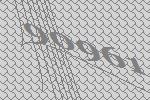
90961